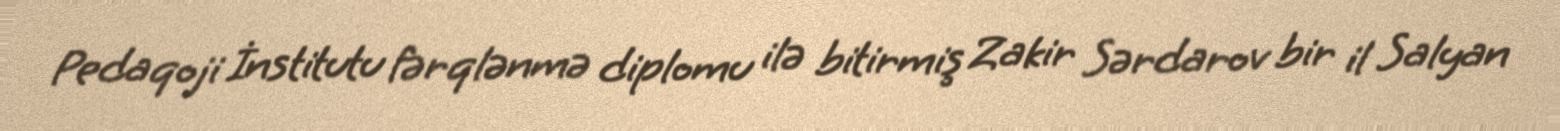
Pedaqoji İnstitutu fərqlənmə diplomu ilə bitirmiş Zakir Sərdarov bir il Salyan